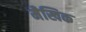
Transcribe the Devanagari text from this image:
मैखिक